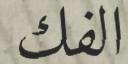
الفك